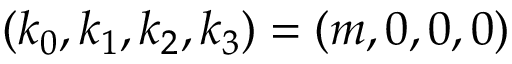
( k _ { 0 } , k _ { 1 } , k _ { 2 } , k _ { 3 } ) = ( m , 0 , 0 , 0 )